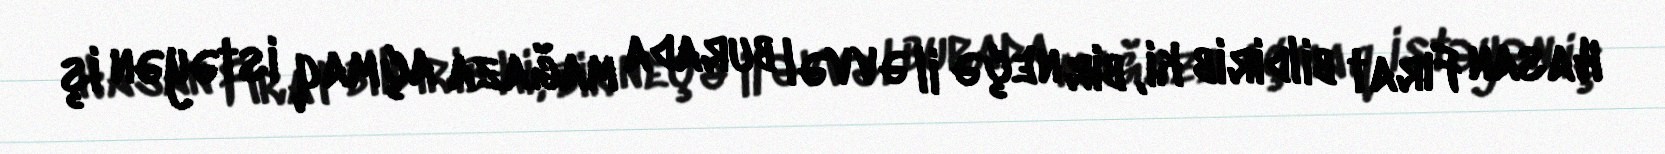
Hasan Fırat bildirib ki, bir neçə il əvvəl burada mağaza açmaq istəyən iş